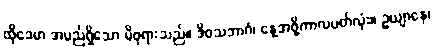
ထိုခေမာ အမည်ရှိသော မိဖုရားသည်။ ဒိဝသဘာဂံ၊ နေ့အဖို့ကာလပတ်လုံး။ ဥယျာနေ၊